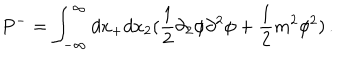
LaTeX: P ^ { - } = \int _ { - \infty } ^ { \infty } d x _ { + } d x _ { 2 } ( \frac { 1 } { 2 } \partial _ { 2 } \phi \partial ^ { 2 } \phi + \frac { 1 } { 2 } m ^ { 2 } \phi ^ { 2 } ) \, .